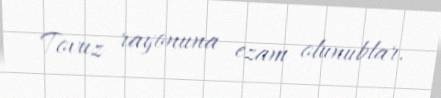
Tovuz rayonuna ezam olunublar.